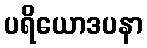
ပရိယောဒပနာ